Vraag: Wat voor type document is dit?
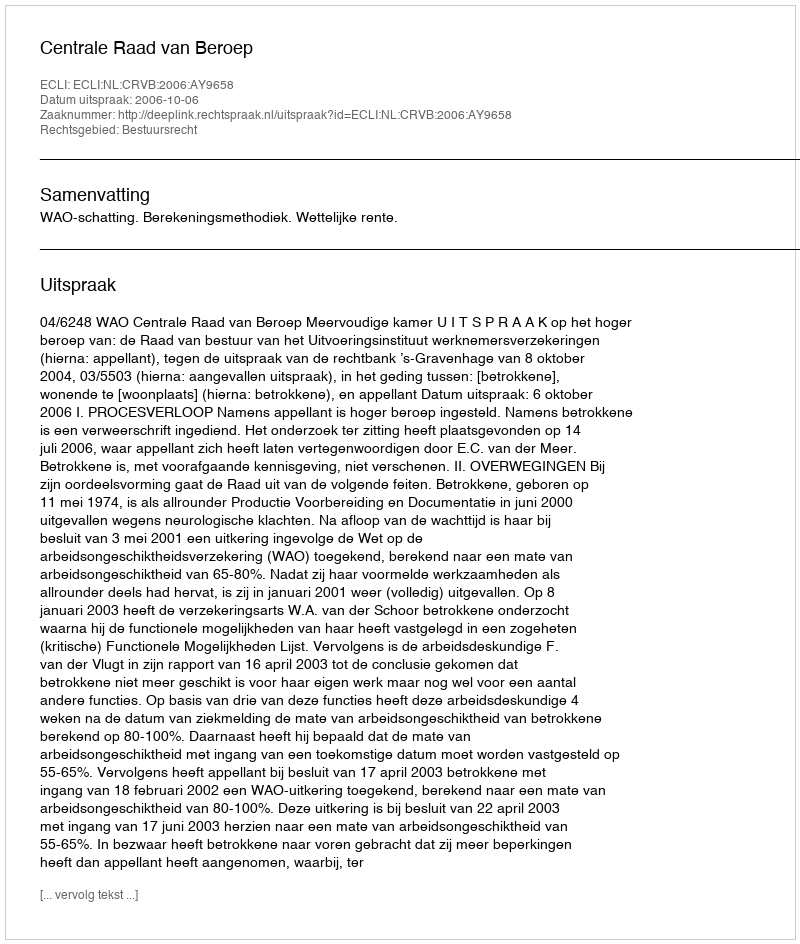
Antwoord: Uitspraak